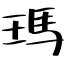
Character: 瑪